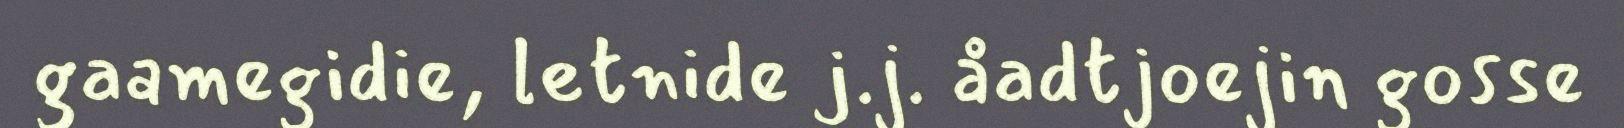
gaamegidie, letnide j.j. åadtjoejin gosse